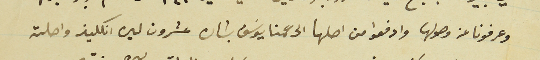
وعرفونا عن وصولها وادفعوا من اصلها الى عمنا يوسَف  بشاره عشرون ليره انكليز واصلته